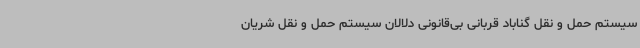
سیستم حمل و نقل گناباد قربانی بی‌قانونی دلالان سیستم حمل و نقل شریان